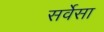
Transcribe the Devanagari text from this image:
सर्वेसा